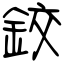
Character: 鉸